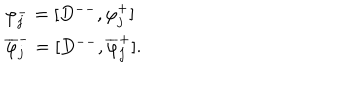
LaTeX: \begin{array} { l c r } { { \varphi _ { j } ^ { - } = [ D ^ { -- } , \varphi _ { j } ^ { + } ] } } \\ { { \overline { { { \varphi } } } _ { j } ^ { - } = [ D ^ { -- } , \overline { { { \varphi } } } _ { j } ^ { + } ] . } } \\ \end{array}